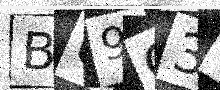
Text: B69G32